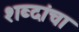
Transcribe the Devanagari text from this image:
शब्‍दांचा